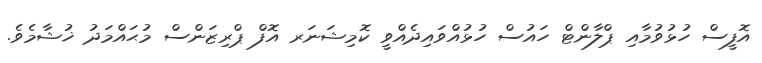
އޮފީސް ހުޅުވުމާއި ޕްލާންޓް ހައުސް ހުޅުއްވައިދެއްވީ ކޮމިޝަނަރ އޮފް ޕްރިޒަންސް މުޙައްމަދު ޚުޝާމެވެ.